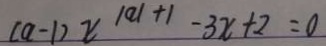
( a - 1 ) x \vert a \vert + 1 - 3 x + 2 = 0